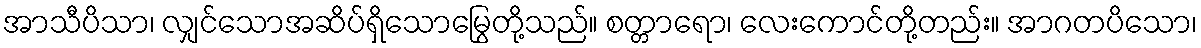
အာသီပိသာ၊ လျှင်သောအဆိပ်ရှိသောမြွေတို့သည်။ စတ္တာရော၊ လေးကောင်တို့တည်း။ အာဂတပိသော၊